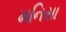
મનિસા